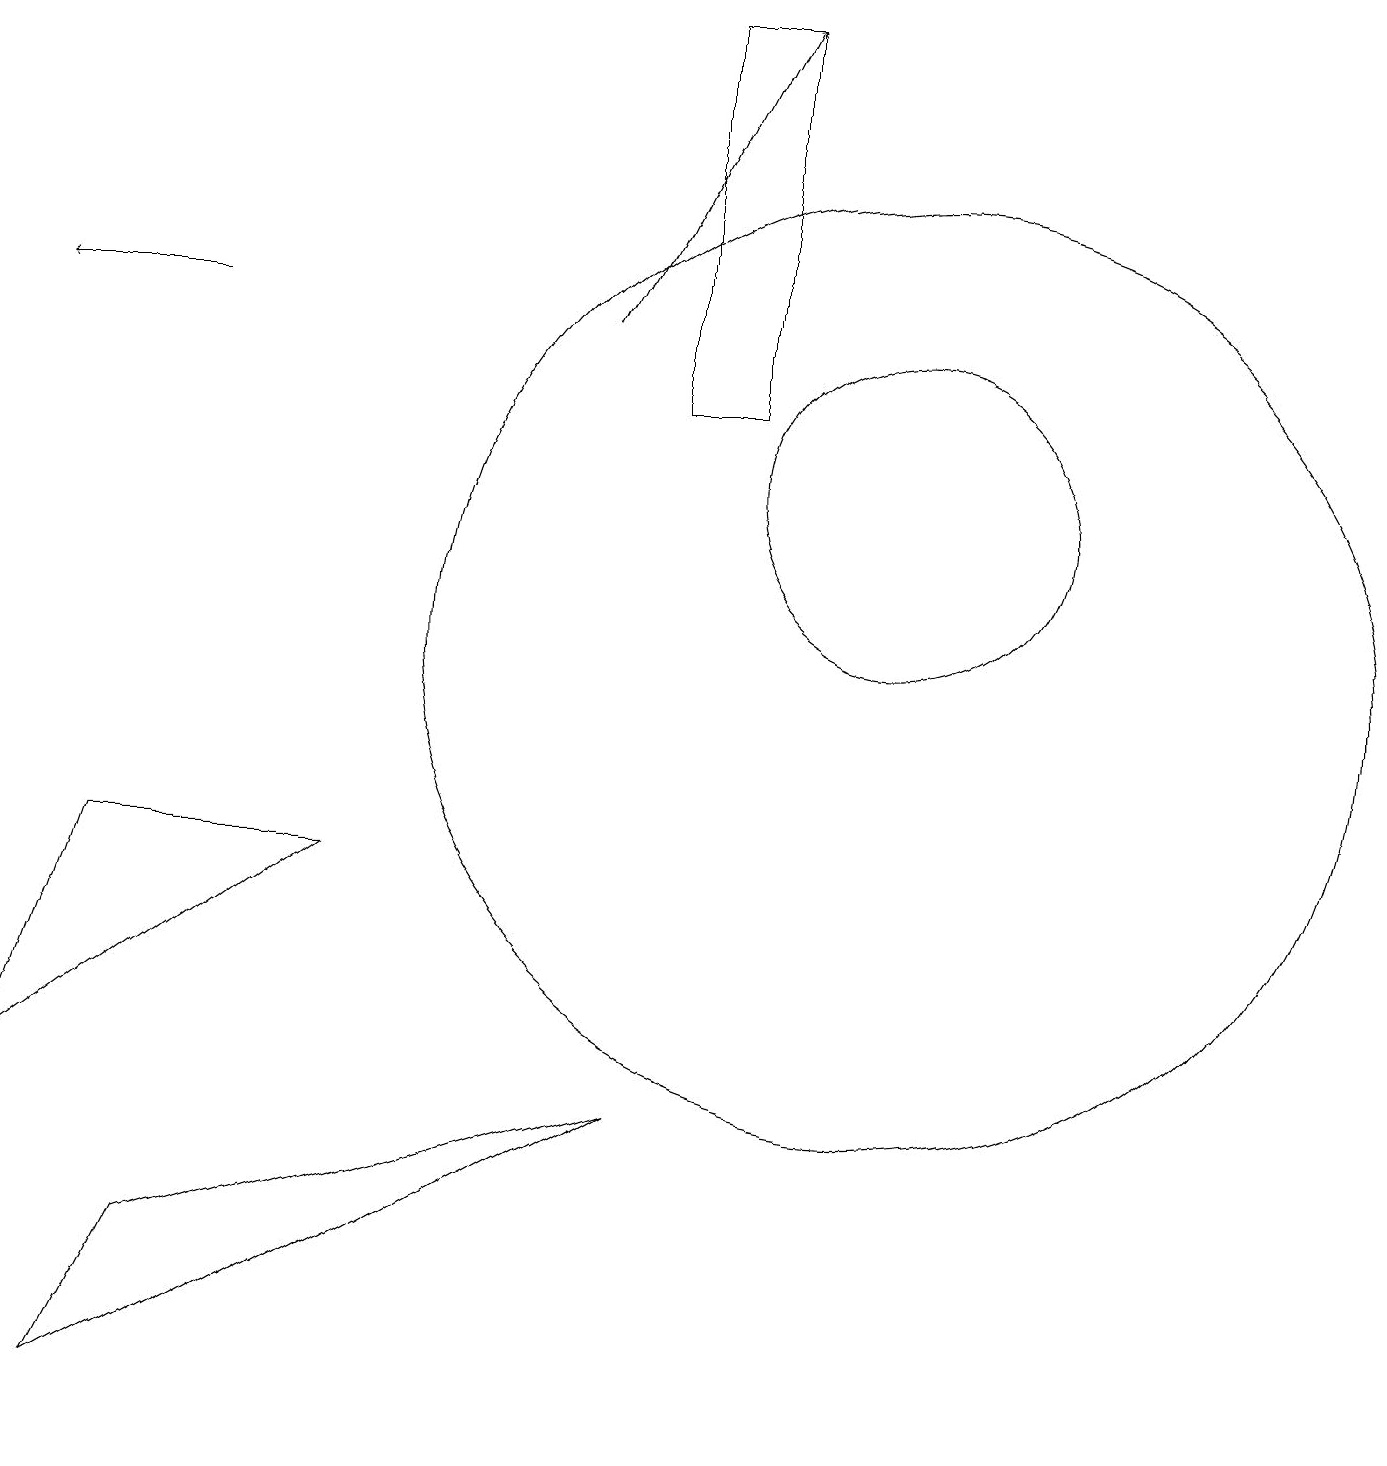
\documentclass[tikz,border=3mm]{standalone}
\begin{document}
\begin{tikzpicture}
\draw (11,10) circle (6);
\draw (0,4) -- (4,7) -- (1,7) -- cycle;
\draw[->] (2,14) -- (0,14);
\draw (11,12) circle (2);
\draw[->] (7,14) -- (9,18);
\draw (1,0) -- (2,2) -- (8,4) -- cycle;
\draw (8,13) rectangle (9,18);
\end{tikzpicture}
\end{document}